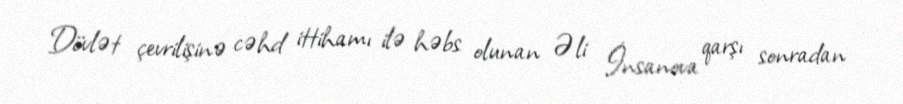
Dövlət çevrilişinə cəhd ittihamı ilə həbs olunan Əli İnsanova qarşı sonradan